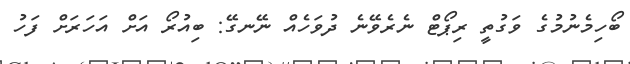
ބޯހިމެނުމުގެ ވަގުތީ ރިޕޯޓް ނެރެވޭނެ ދުވަހެއް ނޭނގޭ: ބިއުރޯ އަށް އަހަރަށް ފަހު